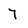
Character: 7